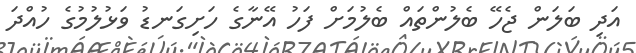
އަދި ބަލަން ޖެހޭ ބެލުންތައް ބެލުމަށް ފަހު އޭނާގެ ހަށިގަނޑު ވަޅުލުމުގެ ހުއްދަ